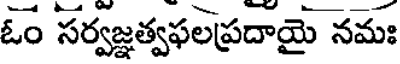
ఓం సర్వజ్ఞత్వఫలప్రదాయై నమః